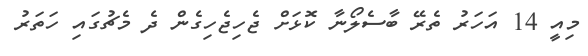
މިއީ 14 އަހަރު ތެރޭ ބާސެލޯނާ ކޮޅަށް ޖެހިޖެހިގެން ދެ މެޗުގައި ހަތަރު